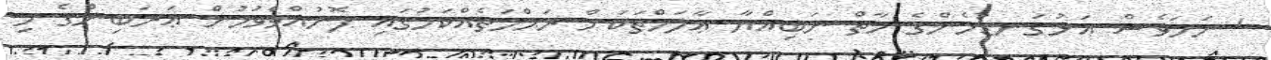
' ނަމަވެސް އަޅުގަނޑުމެންގެ މާތް ނަބިއްޔާ ޢާލަމްތަކަށް ރަޙްމަތެއްކަމުގައި ފޮނުއްވެވުމުން ޢަރަބިންގެ މި